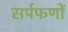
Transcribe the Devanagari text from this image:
सर्पफणों